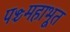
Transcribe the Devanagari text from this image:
पञ्चमहाभूत